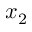
x _ { 2 }